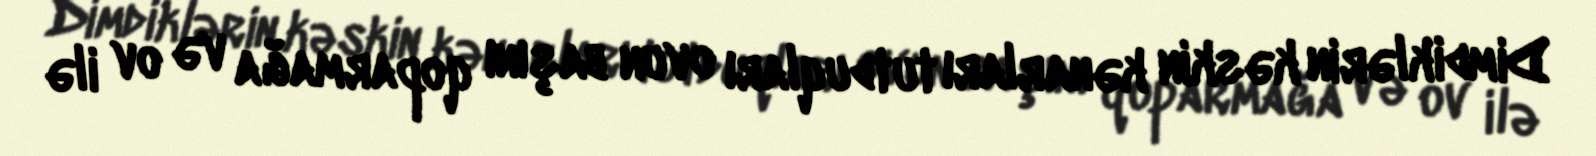
Dimdiklərin kəskin kənarları tutduqları ovun başını qoparmağa və ov ilə